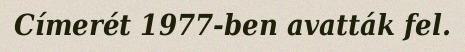
Címerét 1977-ben avatták fel.